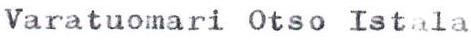
Varatuonari Otso Istala